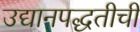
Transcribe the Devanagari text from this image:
उद्यानपद्धतीची